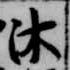
沐